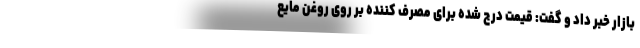
بازار خبر داد و گفت: قیمت درج شده برای مصرف کننده بر روی روغن مایع